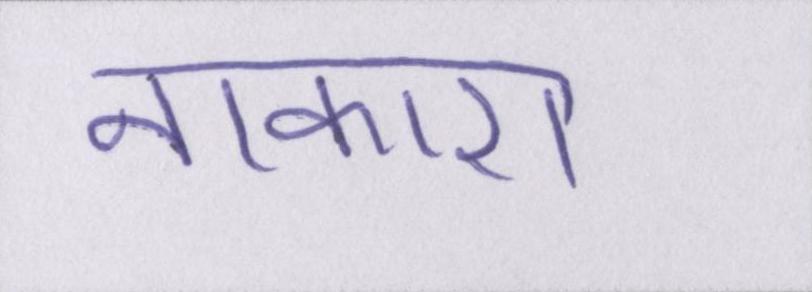
नाकारा